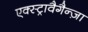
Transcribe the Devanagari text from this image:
एक्स्ट्रावैगैन्ज़ा